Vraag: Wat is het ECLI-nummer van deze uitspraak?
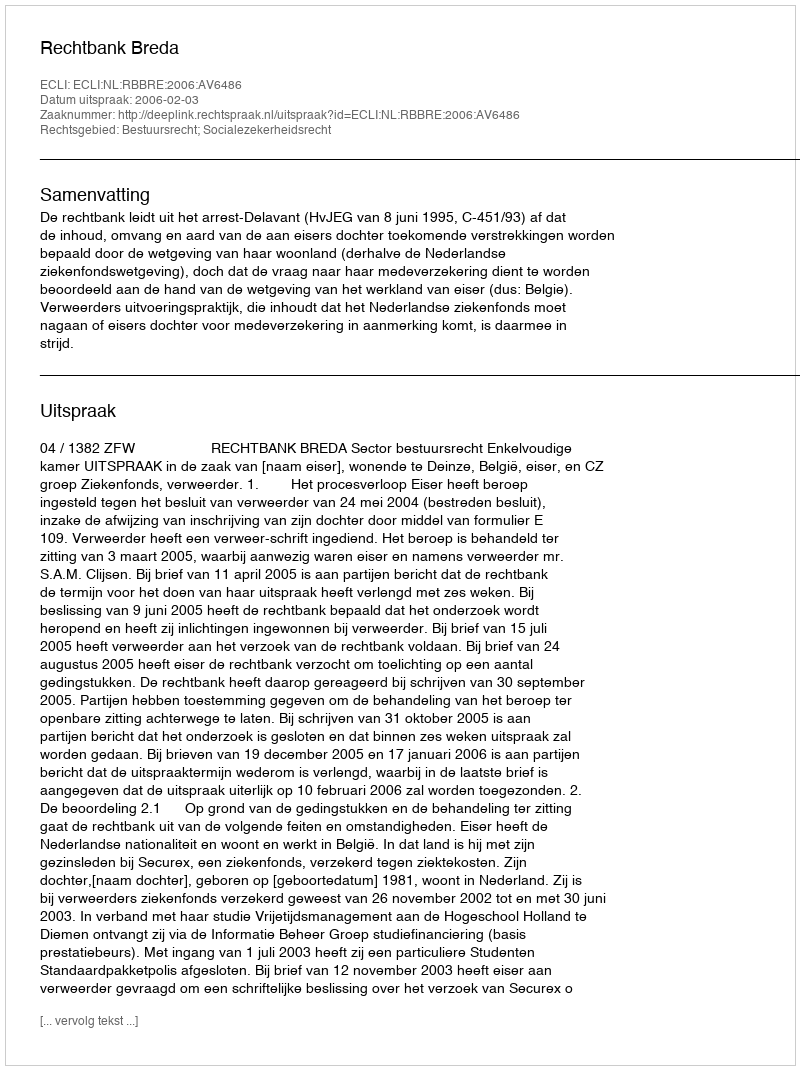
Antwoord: ECLI:NL:RBBRE:2006:AV6486